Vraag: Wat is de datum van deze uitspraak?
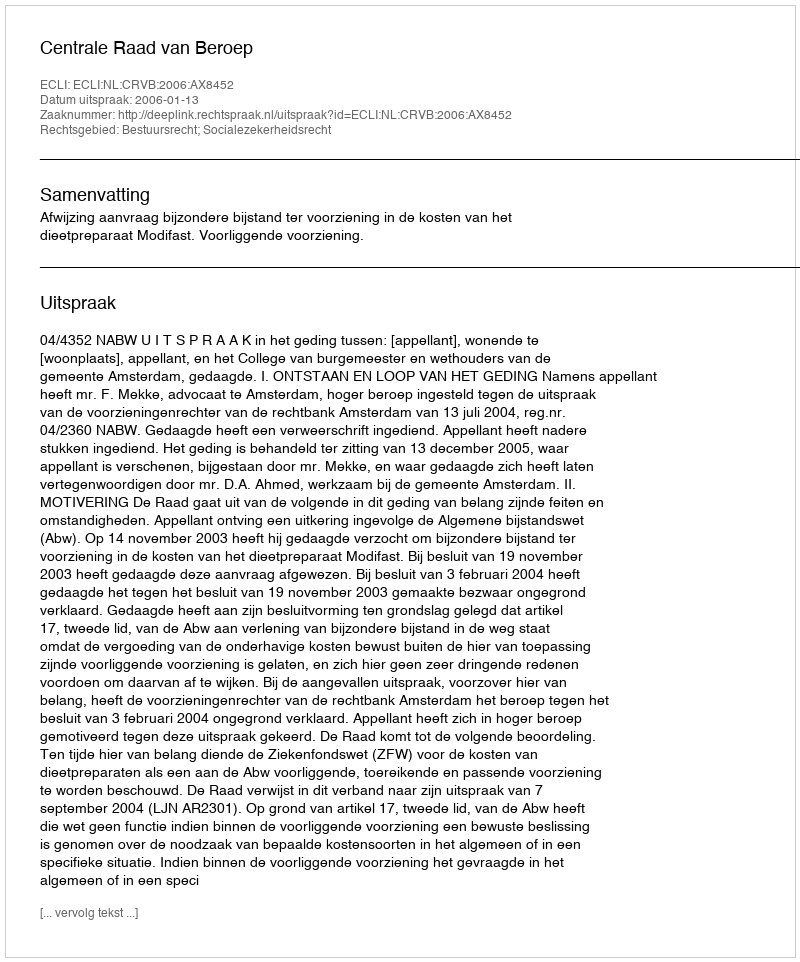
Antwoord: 2006-01-13